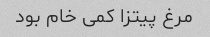
مرغ پیتزا کمی خام بود